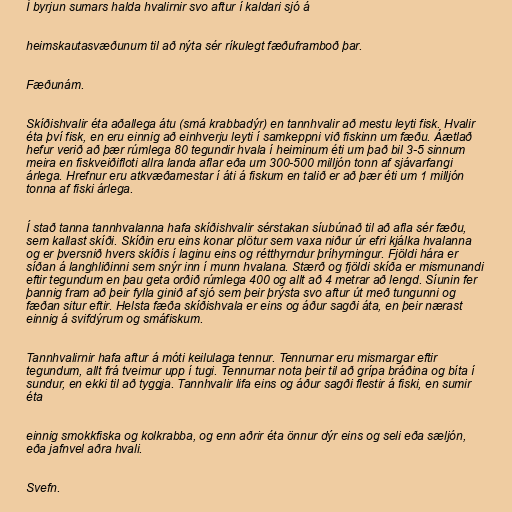
Í byrjun sumars halda hvalirnir svo aftur í kaldari sjó á

heimskautasvæðunum til að nýta sér ríkulegt fæðuframboð þar.

Fæðunám.

Skíðishvalir éta aðallega átu (smá krabbadýr) en tannhvalir að mestu leyti fisk. Hvalir
éta því fisk, en eru einnig að einhverju leyti í samkeppni við fiskinn um fæðu. Áætlað
hefur verið að þær rúmlega 80 tegundir hvala í heiminum éti um það bil 3-5 sinnum
meira en fiskveiðifloti allra landa aflar eða um 300-500 milljón tonn af sjávarfangi
árlega. Hrefnur eru atkvæðamestar í áti á fiskum en talið er að þær éti um 1 milljón
tonna af fiski árlega.

Í stað tanna tannhvalanna hafa skíðishvalir sérstakan síubúnað til að afla sér fæðu,
sem kallast skíði. Skíðin eru eins konar plötur sem vaxa niður úr efri kjálka hvalanna
og er þversnið hvers skíðis í laginu eins og rétthyrndur þríhyrningur. Fjöldi hára er
síðan á langhliðinni sem snýr inn í munn hvalana. Stærð og fjöldi skíða er mismunandi
eftir tegundum en þau geta orðið rúmlega 400 og allt að 4 metrar að lengd. Síunin fer
þannig fram að þeir fylla ginið af sjó sem þeir þrýsta svo aftur út með tungunni og
fæðan situr eftir. Helsta fæða skíðishvala er eins og áður sagði áta, en þeir nærast
einnig á svifdýrum og smáfiskum.

Tannhvalirnir hafa aftur á móti keilulaga tennur. Tennurnar eru mismargar eftir
tegundum, allt frá tveimur upp í tugi. Tennurnar nota þeir til að grípa bráðina og bíta í
sundur, en ekki til að tyggja. Tannhvalir lifa eins og áður sagði flestir á fiski, en sumir
éta

einnig smokkfiska og kolkrabba, og enn aðrir éta önnur dýr eins og seli eða sæljón,
eða jafnvel aðra hvali.

Svefn.